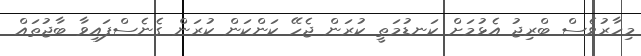
މިހާރުވެސް ބްރިޖު އެޅުމަށް ކަނޑުމަތީ ކުރަން ޖެހޭ ކަންކަން ކުރަން ގެނެސްފައިވާ ބާޖުތައް